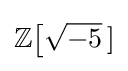
\mathbb {Z} {\bigl [}{\sqrt {-5}}~\!]